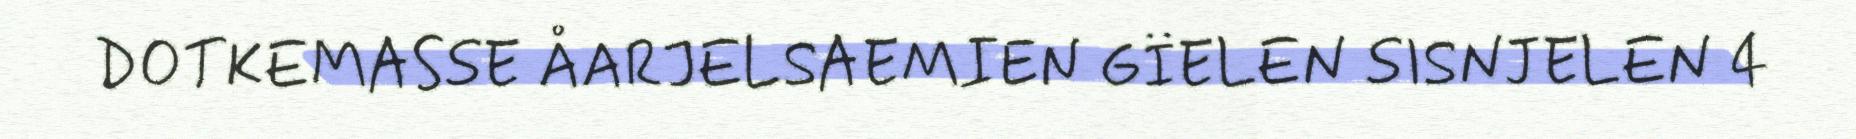
DOTKEMASSE ÅARJELSAEMIEN GÏELEN SISNJELEN 4